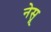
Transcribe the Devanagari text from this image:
नेसू